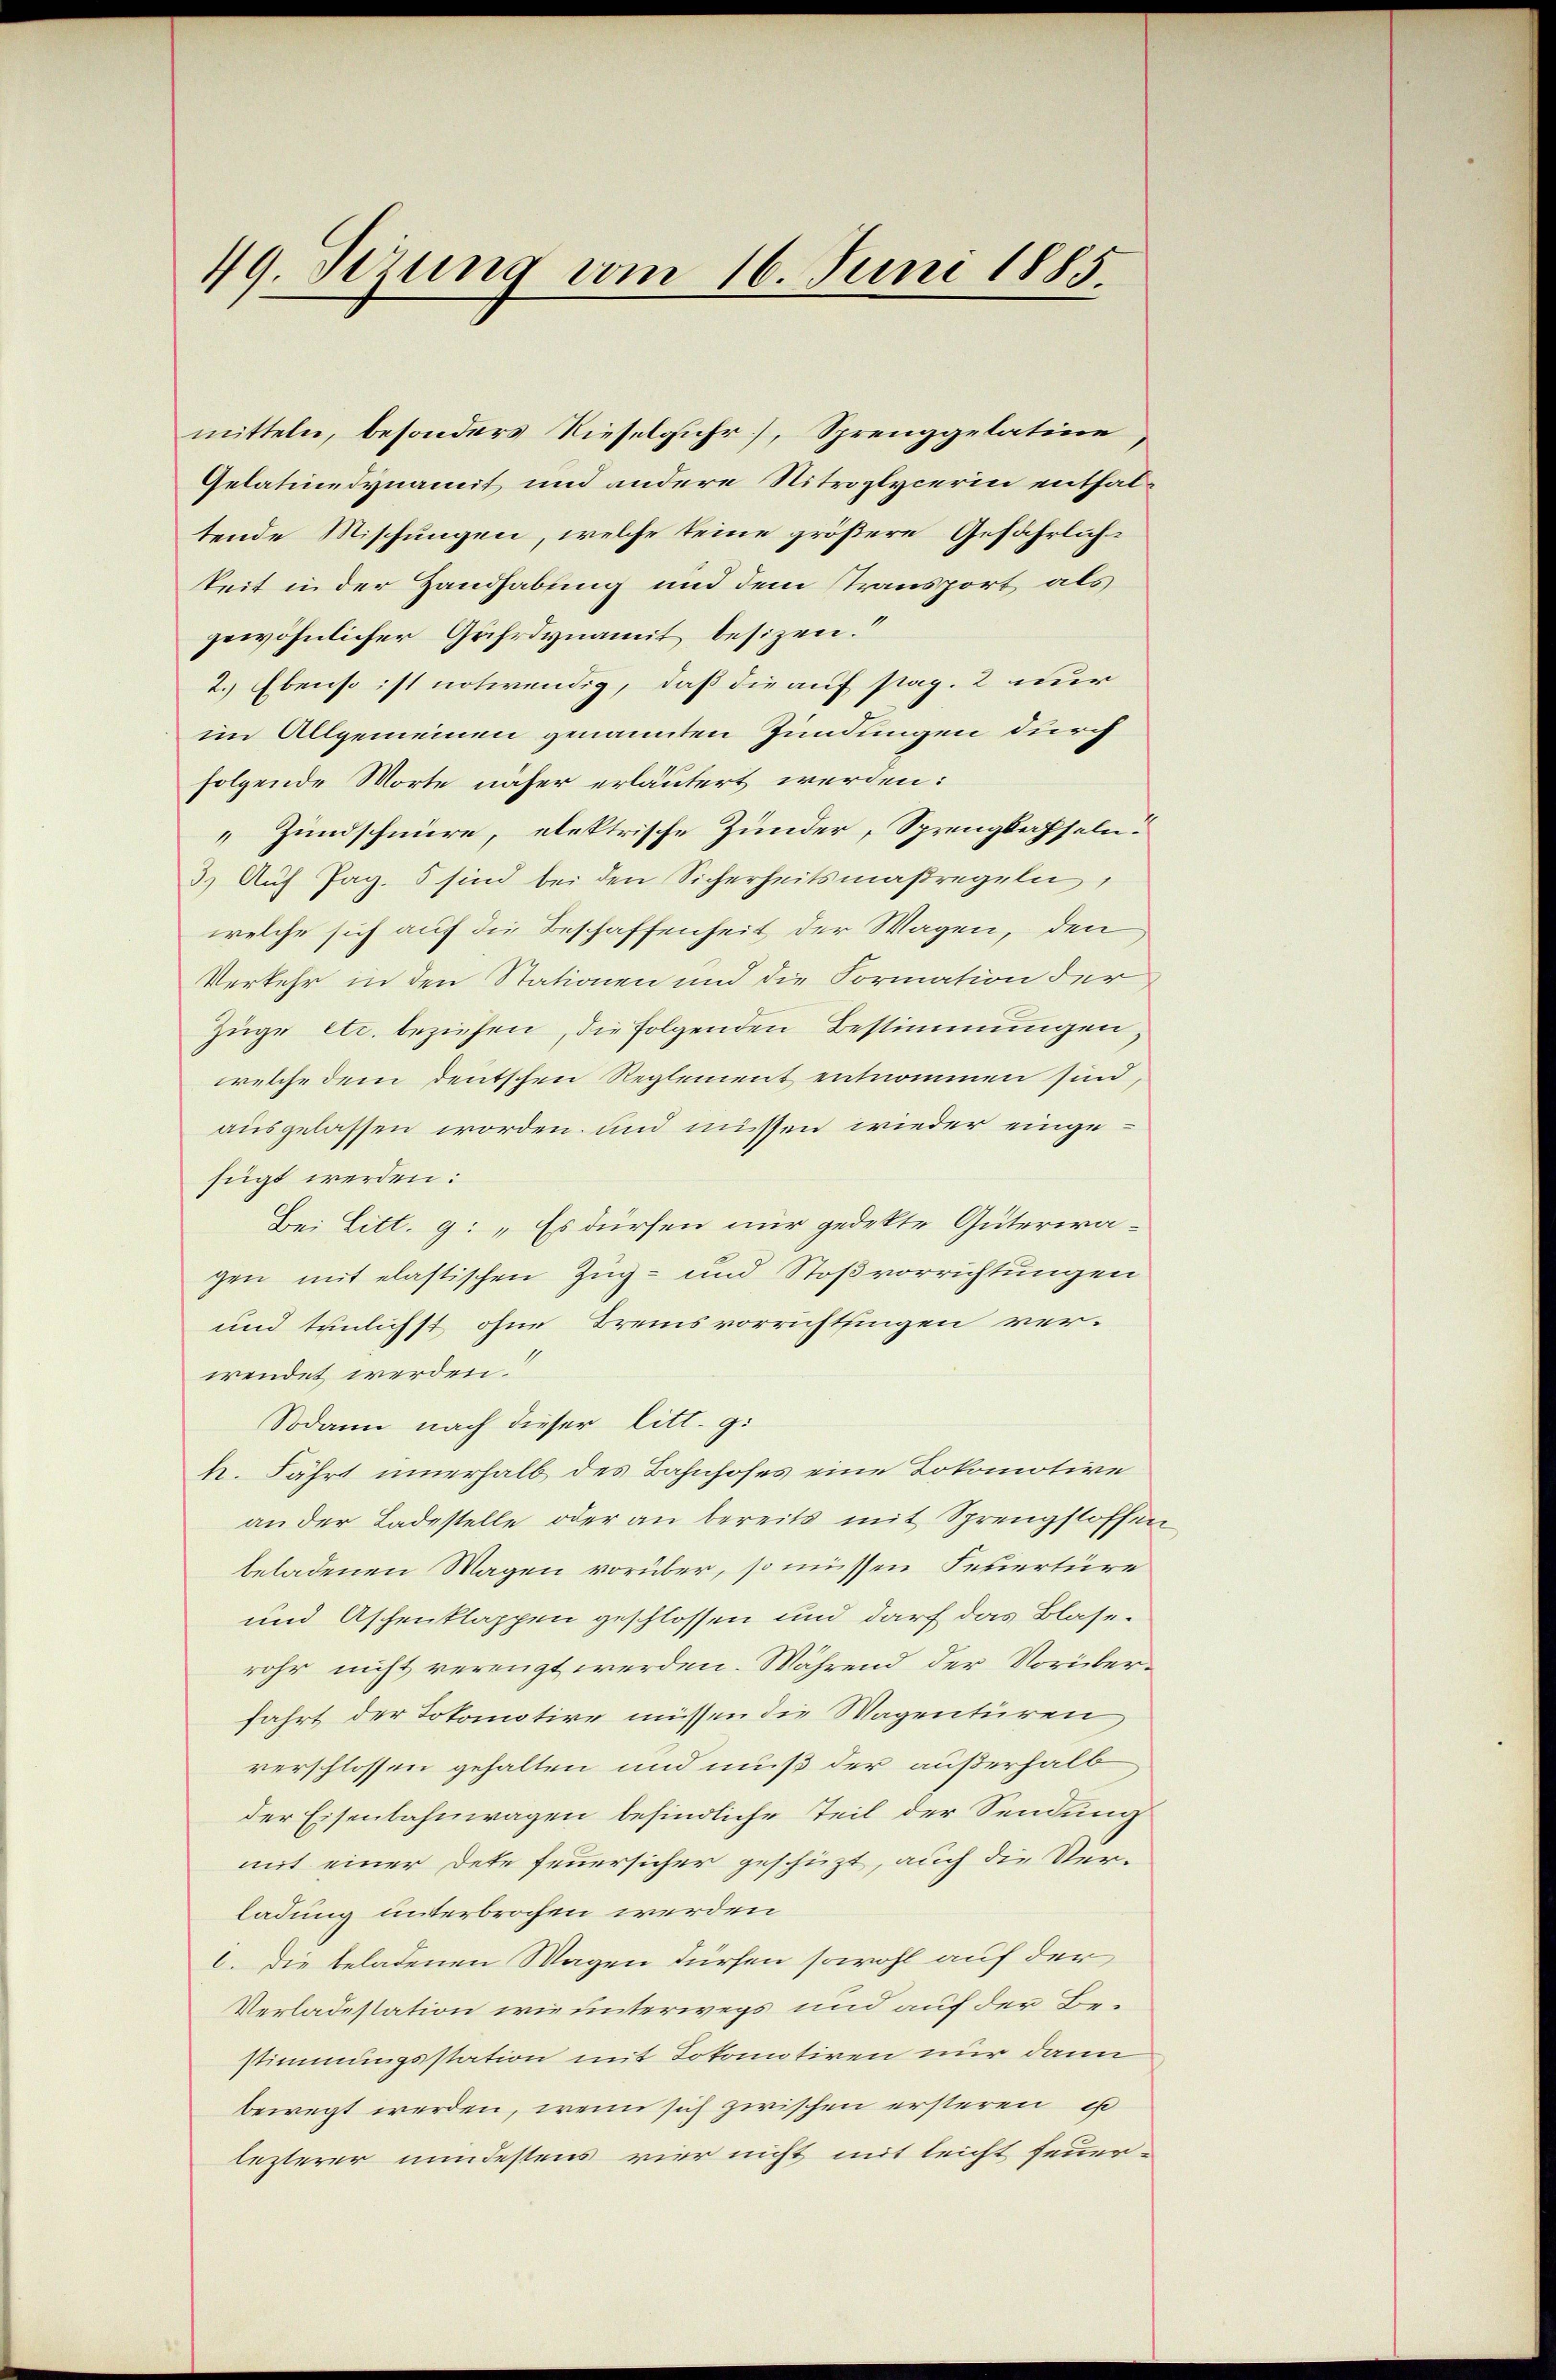
49. Sezung vom 16. Juni 1885.

Gelatinedynamit und andere Nitrozlycerin enthaltende Mischungen, welche keine größere Gefährlichkeit in der Handhabung und dem Transport als
gewöhnlicher Gährdynamit besizen.“
2. Ebenso ist notwendig, daß die auf stag. 2 nur
im Allgemeinen genannten Zündungen durch
folgende Worte näher erläutert werden:
Zundschnüre, elektrische Zunder, Sprengkahseln.
3.) Auf Pag. 5 sind bei den Sicherheitsmaßregeln,
welche sich auf die Beschaffenheit der Wagen, den
Verkehr in den Stationen und die Formation der
Züge etc. beziehen, die folgenden Bestimmungen,
welche dem deutschen Reglement entnommen sind,
ausgelassen worden und müssen wieder eingefügt werden:
Bei Litt. 9: „Es dürfen nur gedekte Güterwa-
gen mit elastischen Zug- und Stoßvorrichtungen
und tunlichst ohne Tremsvorrichtsingen ver-
wendet werden.
Sodann nach dieser litt. g.
k. Fährt innerhalb des Bahnhofes eine Lokomotive
an der Ladestelle oder an bereits mit Sprengstoffen
beladenen Wagen vorüber, so müssen Feuertüre
und Aschenklappen geschlossen und darf das Blaserohr nicht verengt werden. Während der Vorüberfahrt der Tokomotive müssen die Wagenturen
verschlossen gehalten und muß der außerhalb
der Eisenbahnwagen befindliche Teil der Sendung
mit einer dete feuersicher geschüzt, auch die Verladung unterbrochen werden
6. Die beladenen Wagen dürfen sowohl auf der
Verladestation wie unterwegs und auf der Bestimmungsstation mit Tokomotiven nur dann
bewegt werden, wenn sich zwischen ersteren is
lezterer mindestens vier nicht mit leicht feuer¬

mitteln, besonders Rieselguhr], Sprenggelatine